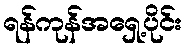
ရန်ကုန်အရှေ့ပိုင်း